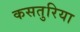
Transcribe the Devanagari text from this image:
कसतुरिया